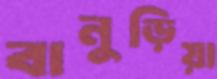
বানুড়িয়া